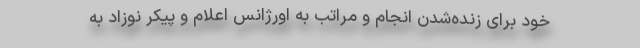
خود برای زنده‌شدن انجام و مراتب به اورژانس اعلام و پیکر نوزاد به